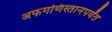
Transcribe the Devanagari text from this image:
अफगणिस्तानपर्यंत